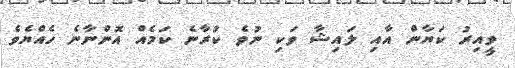
ވީއިރު ކަޔާން އާއި ލައިޝާ ވަކި ނުވެ ކުރާނެ ކަމެއް އޮންނާނެ ހެއްޔެވެ